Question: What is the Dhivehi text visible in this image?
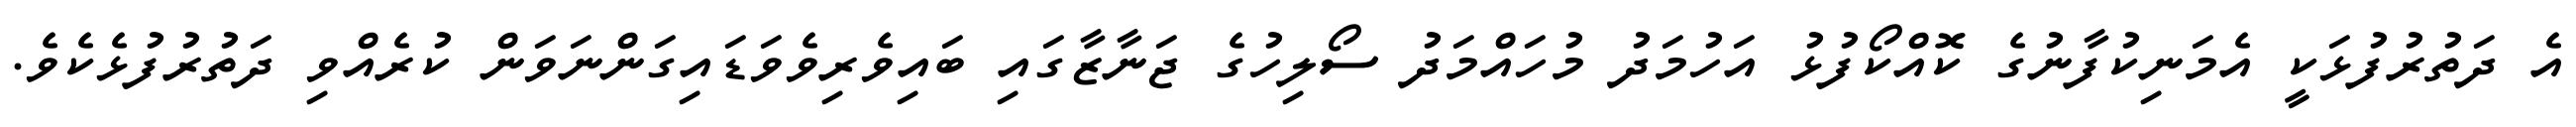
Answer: އެ ދަތުރުފުޅަކީ އެމަނިކުފާނުގެ ކޮއްކޯފުޅު އަހުމަދު މުހައްމަދު ސޯލިހުގެ ޖަނާޒާގައި ބައިވެރިވެވަޑައިގަންނަވަން ކުރެއްވި ދަތުރުފުޅެކެވެ.